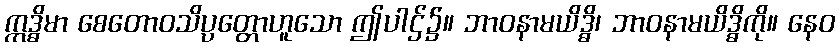
ဣဒ္ဓိမာ စေတောဝသိပ္ပတ္တောဟူသော ဤပါဌ်၌။ ဘာဝနာမယိဒ္ဓိ၊ ဘာဝနာမယိဒ္ဓိကို။ နေဝ